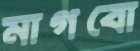
মাগবো